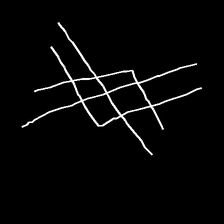
Glyph: crystal